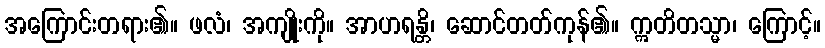
အကြောင်းတရား၏။ ဖလံ၊ အကျိုးကို။ အာဟရန္တိ၊ ဆောင်တတ်ကုန်၏။ ဣတိတသ္မာ၊ ကြောင့်။